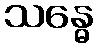
သန္ဓေ